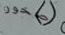
صخور